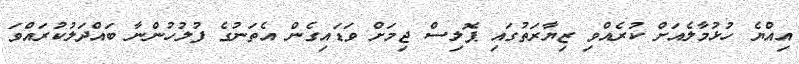
އިއްޔެ ހުޅުމާލެއަށް ކުރެއްވި ޒިޔާރަތުގައި ޕޮލިސް ޖިމަށް ވަޑައިގެން އެތަނުގެ ފުލުހުންނާ ބައްދަލުކުރައްވަ